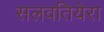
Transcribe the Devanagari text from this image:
सलवतियेरा